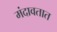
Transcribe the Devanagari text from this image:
मंदावतात